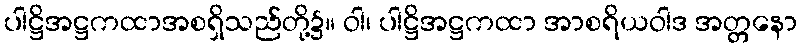
ပါဋ္ဌိအဋ္ဌကထာအစရှိသည်တို့၌။ ဝါ၊ ပါဋ္ဌိအဋ္ဌကထာ အာစရိယဝါဒ အတ္တနော